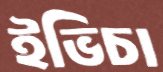
ইভিচা